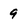
Character: 9